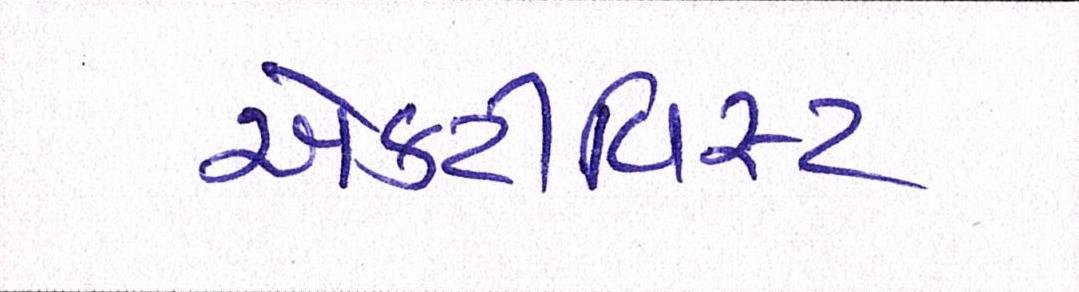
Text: એક્ટીવિસ્ટ